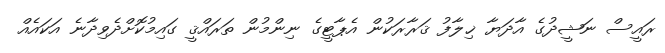
ރައީސް ނަޝީދުގެ އާދަޔާ ޚިލާފު ޤަރާރަކުން އެޕާޓީގެ ނިންމުން ތަރައްޤީ ގައިމުކޮށްދެވިދާނެ އަކައެއް